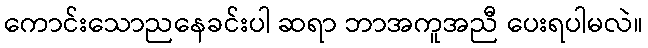
ကောင်းသောညနေခင်းပါ ဆရာ ဘာအကူအညီ ပေးရပါမလဲ။